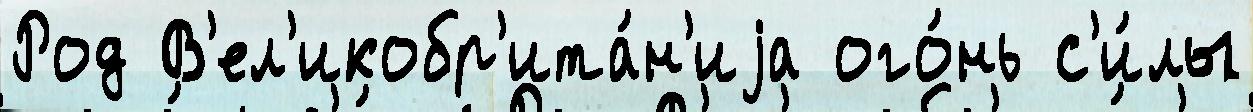
Род В'ел'икобр'ита́н'иjа ого́нь с'и́лы